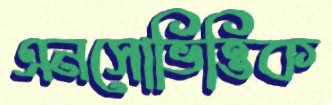
এনসোভিত্তিক